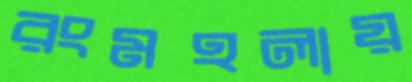
রংমহলায়